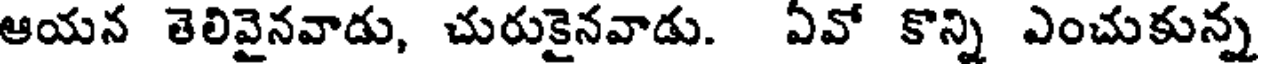
ఆయన తెలివైనవాడు, చురుకైనవాడు. ఏవో కొన్ని ఎంచుకున్న